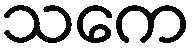
သကေ